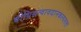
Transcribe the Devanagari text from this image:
बोधिसत्वावदानकल्पलता